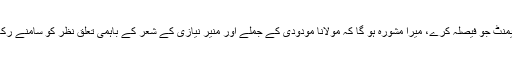
پارلیمنٹ جو فیصلہ کرے، میرا مشورہ ہو گا کہ مولانا مودودی کے جملے اور منیر نیازی کے شعر کے باہمی تعلق نظر کو سامنے رکھے۔